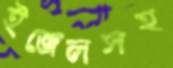
ইজেলসহ